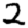
Digit: 2